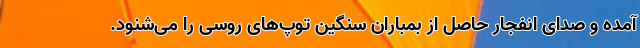
آمده و صدای انفجار حاصل از بمباران سنگین توپ‌های روسی را می‌شنود.